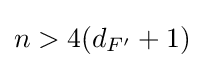
n>4(d_{F'}+1)